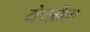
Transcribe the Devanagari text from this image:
टोपलीला